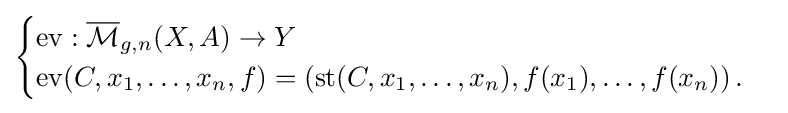
{\begin{cases}\mathrm {ev} :{\overline {\mathcal {M}}}_{g,n}(X,A)\to Y\\\mathrm {ev} (C,x_{1},\ldots ,x_{n},f)=\left(\operatorname {st} (C,x_{1},\ldots ,x_{n}),f(x_{1}),\ldots ,f(x_{n})\right).\end{cases}}